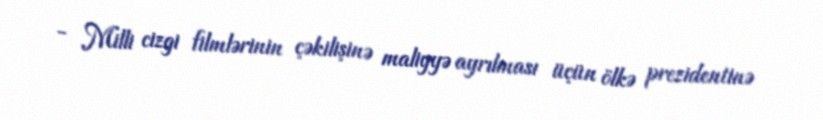
- Milli cizgi filmlərinin çəkilişinə maliyyə ayrılması üçün ölkə prezidentinə